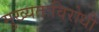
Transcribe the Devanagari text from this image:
मुख्यतःविरोधी